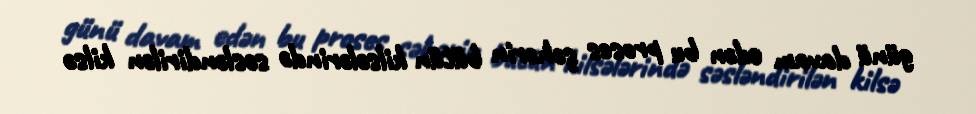
günü davam edən bu proses şəhərin bütün kilsələrində səsləndirilən kilsə